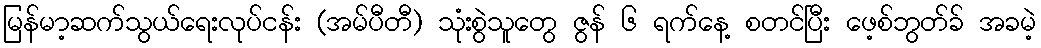
မြန်မာ့ဆက်သွယ်ရေးလုပ်ငန်း (အမ်ပီတီ) သုံးစွဲသူတွေ ဇွန် ၆ ရက်နေ့ စတင်ပြီး ဖေ့စ်ဘွတ်ခ် အခမဲ့